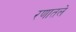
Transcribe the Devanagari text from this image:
रणातले